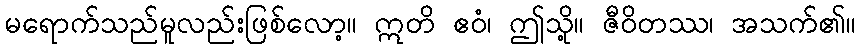
မရောက်သည်မူလည်းဖြစ်လော့။ ဣတိ ဧဝံ၊ ဤသို့။ ဇီဝိတဿ၊ အသက်၏။